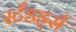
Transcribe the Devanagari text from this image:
स्टँडर्ड्स